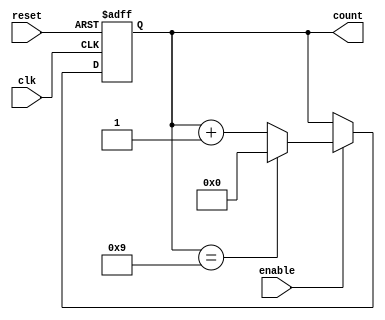
module BCD_Up_Counter (
    input wire clk,
    input wire reset,
    input wire enable,
    output reg [3:0] count
);

always @(posedge clk or posedge reset) begin
    if (reset) begin
        count <= 4'b0000;
    end else if (enable) begin
        if (count == 4'b1001) begin
            count <= 4'b0000;
        end else begin
            count <= count + 4'b0001;
        end
    end
end

endmodule